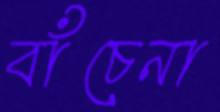
বাঁচেনা